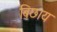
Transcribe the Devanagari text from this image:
बिछाय